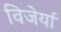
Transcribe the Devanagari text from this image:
विजेर्या